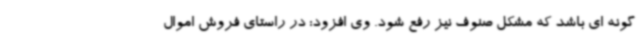
گونه ای باشد که مشکل صنوف نیز رفع شود. وی افزود: در راستای فروش اموال